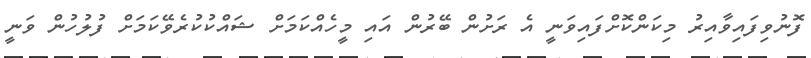
ފޮނުވިފައިވާއިރު މިކަންކޮށްފައިވަނީ އެ ރަށުން ބޭރުން އައި މީހެއްކަމަށް ޝައްކުކުރެވޭކަމަށް ފުލުހުން ވަނީ